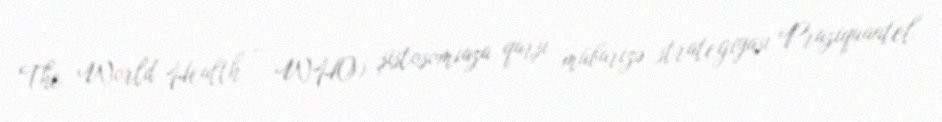
The World Health – WHO) şistosomiaza qarşı mübarizə strategiyası Praziquantel